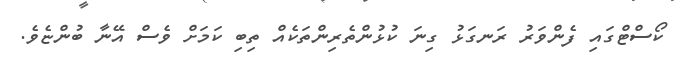
ކޯސްޓްގައި ފެންވަރު ރަނގަޅު ގިނަ ކުޅުންތެރިންތަކެއް ތިބި ކަމަށް ވެސް އޭނާ ބުންޏެވެ.